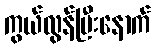
ကွယ်လွန်ပြီးနောက်